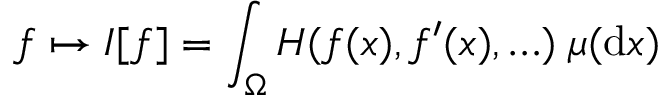
f \mapsto I [ f ] = \int _ { \Omega } H ( f ( x ) , f ^ { \prime } ( x ) , \ldots ) \; \mu ( { \mathrm { d } } x )